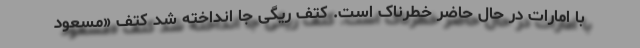
با امارات در حال حاضر خطرناک است. کتف ریگی جا انداخته شد کتف «مسعود